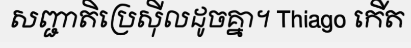
សញ្ជាតិប្រេស៊ីលដូចគ្នា។ Thiago កើត